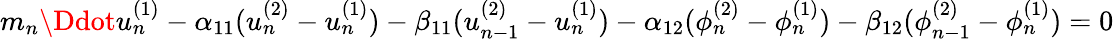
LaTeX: \begin{array}{r}{m_{n}\Ddot{u}_{n}^{(1)}-\alpha_{11}(u_{n}^{(2)}-u_{n}^{(1)})-\beta_{11}(u_{n-1}^{(2)}-u_{n}^{(1)})-\alpha_{12}(\phi_{n}^{(2)}-\phi_{n}^{(1)})-\beta_{12}(\phi_{n-1}^{(2)}-\phi_{n}^{(1)})=0}\end{array}